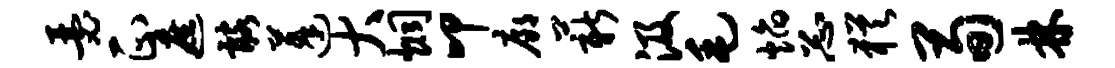
瑟正遮髂蓬大炯叩廊薪汲毛焰忐犹荀林